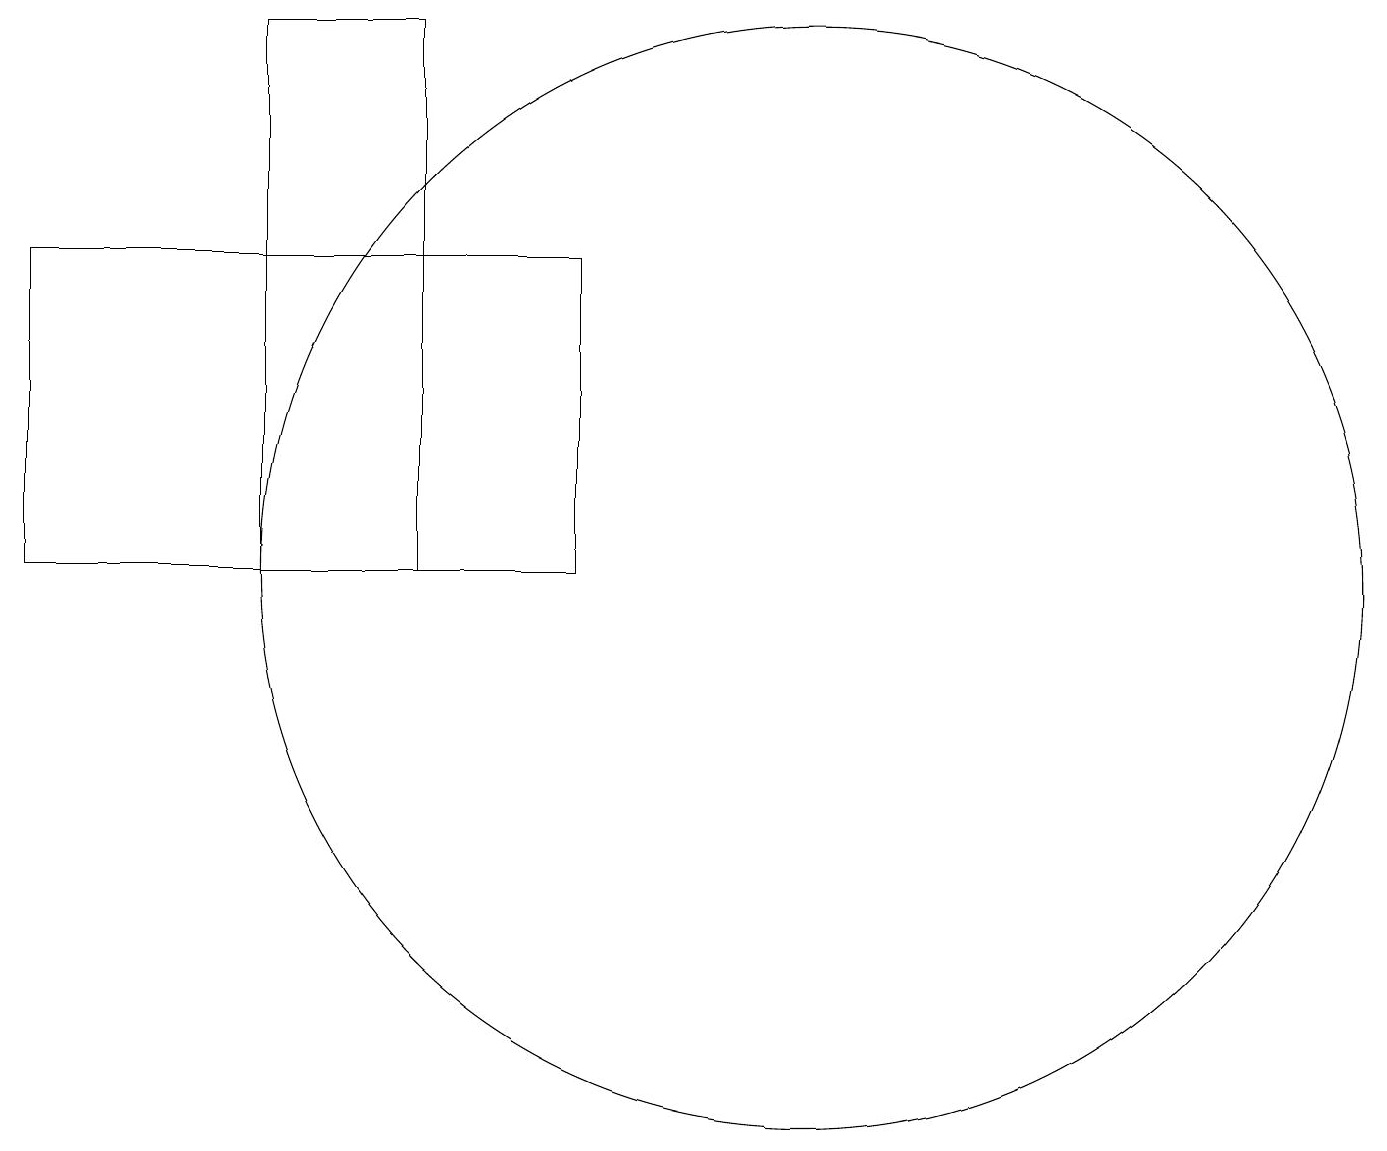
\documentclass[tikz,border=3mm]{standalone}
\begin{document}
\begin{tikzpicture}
\draw (6,10) rectangle (4,17);
\draw (8,14) rectangle (1,10);
\draw (11,10) circle (7);
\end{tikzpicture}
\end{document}